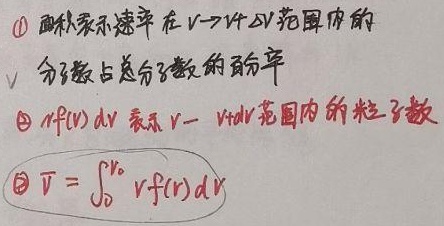
\textcircled{1} 面积表示速率在\(v\rightarrow v + \mathrm{d}v\)范围内的分子数占总分子数的百分率。
\textcircled{2} \(Nf(v)\mathrm{d}v\)表示\(v\rightarrow v+\mathrm{d}v\)范围内的粒子数。
\textcircled{3} \(\overline{v}=\int_{0}^{v_{0}}vf(v)\mathrm{d}v\)